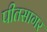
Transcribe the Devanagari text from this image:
पीतसागर